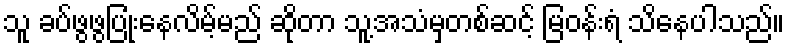
သူ ခပ်ဖွဖွပြုံးနေလိမ့်မည် ဆိုတာ သူ့အသံမှတစ်ဆင့် မြဝန်းရံ သိနေပါသည်။